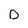
Character: D